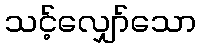
သင့်လျှော်သော